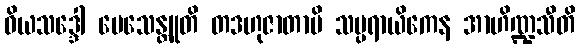
ဝိယသဒ္ဒေါ ပေသေန္တူတိ တဒဟုဇာတာပိ သမ္ပရာယိကေန အာဟိဏ္ဍသီတိ